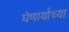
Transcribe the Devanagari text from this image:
घेणार्याच्या